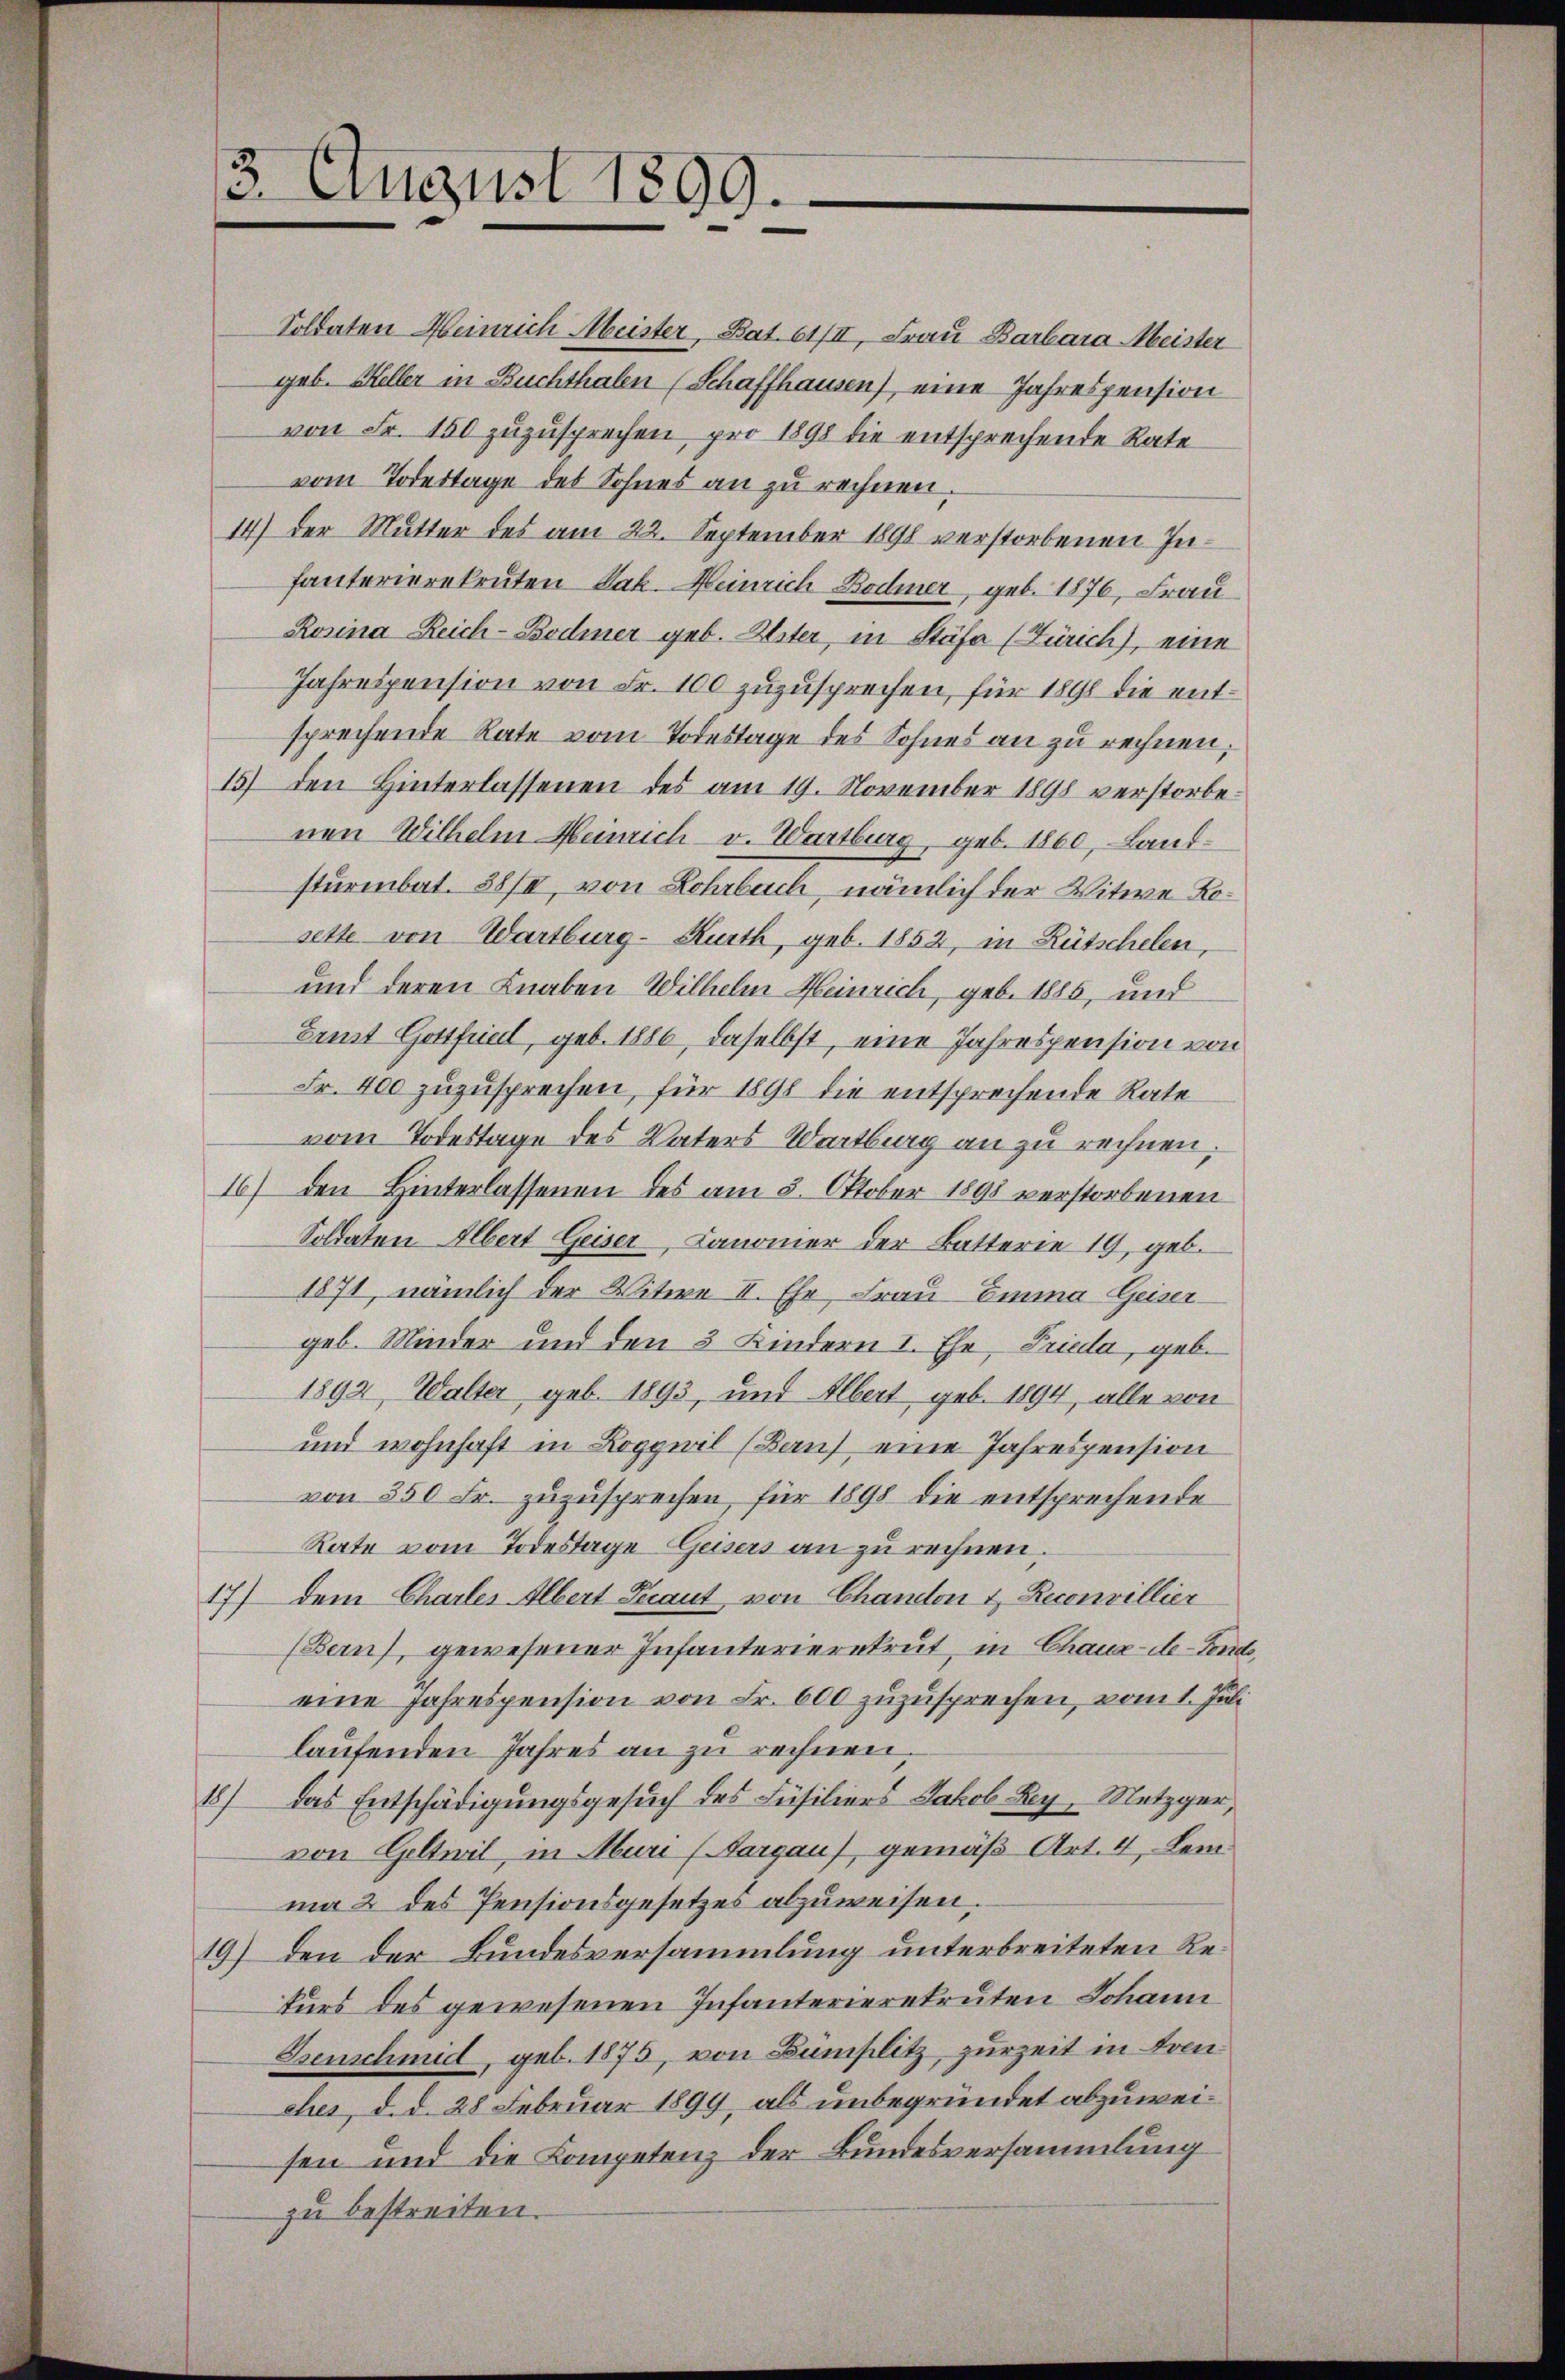
3. August 1899.

Soldaten Heinrich Meister, Bat. 61/II, Frau Barbara Meister
geb. Keller in Buchthalen (Schaffhausen), eine Jahrespension
von Fr. 150 zuzusprechen pro 1898 die entsprechende Rate
vom Todestage des Sohnes an zu rechnen.
14) der Mutter des am 22. September 1891 verstorbenen Infanterierekruten Jak. Heinrich Bodmer, geb. 1876, Frau
Rosina Reich-Bodmer geb. Alster, in Stäfa (Zürich), eine
Jahrespension von Fr. 100 zuzusprechen, für 1898 die entsprechende Rate vom Todestage des Sohnes an zu rechnen,
15) den Hinterlassenen des am 19. November 1898 verstorbenen Wilhelm Meinrich v. Wartburg, geb. 1860, Landsturmbat. 38/I, von Lohrbach, nämlich der Witwe Kosette von Wartburg-Kurth, geb. 1852, in Lütschelen,
und deren Knaben Wilhelm Heinrich, geb. 1885, und
Ernst Gottfried, geb. 1886, daselbst, eine Jahrespension von
Fr. 400 zuzusprechen, für 1898 die entsprechende Rate
vom Todestage des Vaters Wartburg an zu rechnen.
16) den Hinterlassenen des am 5. Oktober 1891 verstorbenen
Soldaten Albert Geiser, Canonier der Batterie 19, geb.
1871, nämlich der Witwe II. Ehe, Frau Emma Geiser-
geb. Minder und den 3 Kindern I. Ehe, Frieda, geb.
1892, Walter geb. 1893, und Albert, geb. 1894, alle von
und wohnhaft in Roggwil (Bau eine Jahrespension
von 350 Fr. zuzusprechen, für 1898 die entsprechende
Rate vom Todestage Geisers an zu rechnen.
17) dem Charles Albert Traut von Chandon & Reconvillier
(Bern), gewesener Infanterierekrut, in Chaux-de-Fonds,
eine Jahrespension von Fr. 600 zuzusprechen, vom 1. Juli
laufenden Jahres an zu rechnen,
18) Das Entschädigungsgesuch des Füsiliers Jakob Rey, Metzger,
von Geltwil, in Muri (Aargau), gemäß Art. 4, Leima 2 des Pensionsgesetzes abzuweisen.
19) den der Bundesversammlung unterbreiteten Rekurs des gewesenen Infanterierekruten Johann
Benschmid, geb. 1875, von Bümplitz, zurzeit in Komches, d. d. 28 Februar 1899, als unbegründet abzuweisen und die Kompetenz der Bundesversammlung
zu bestreiten.